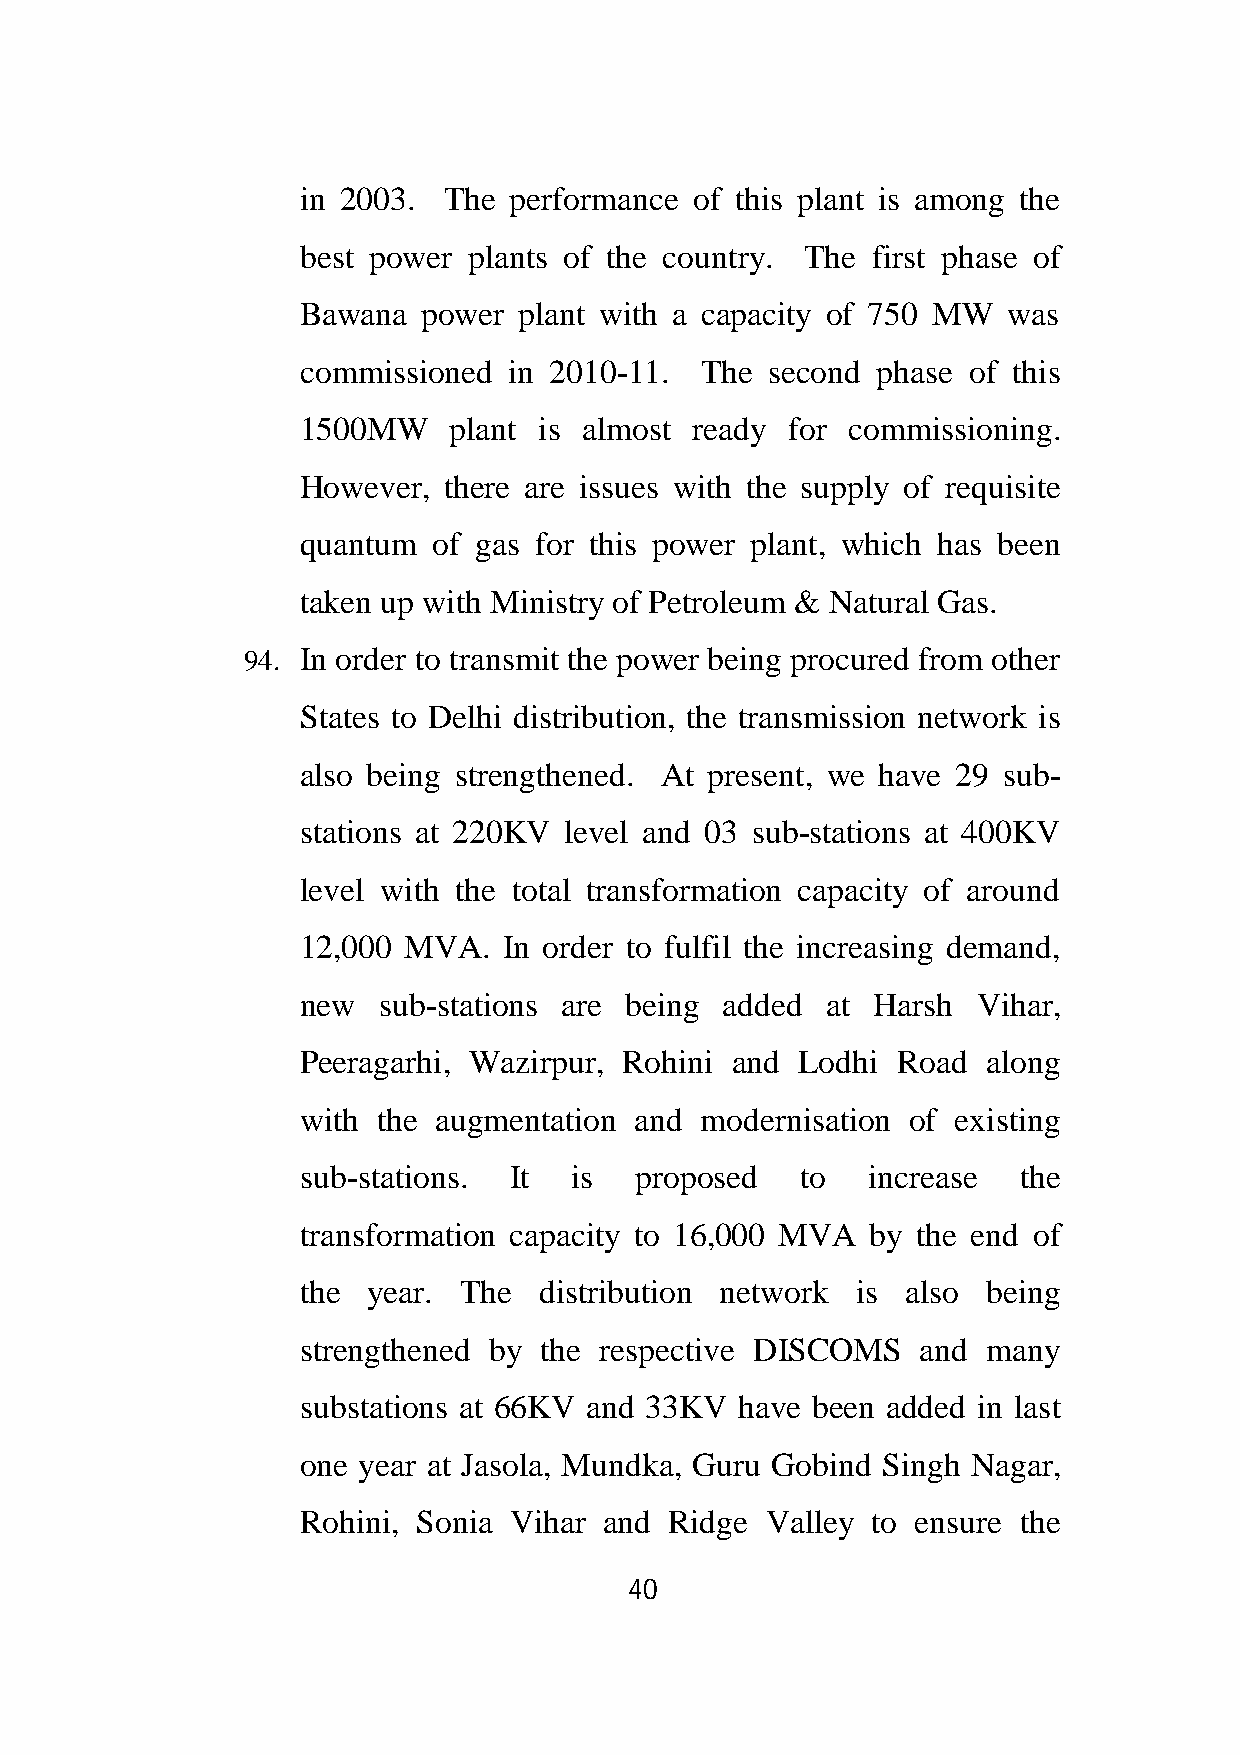
in 2003. The  performance of this plant is among the
 best power plants of the country. The first phase of
 Bawana  power plant with a capacity of 750 MW  was
 commissioned  in 2010-11. The  second phase of this
 1500MW    plant is almost ready for commissioning.
 However, there are issues with the supply of requisite
 quantum  of gas for this power plant, which has been
 taken up with Ministry of Petroleum & Natural Gas.
 94. In order to transmit the power being procured from other
 States to Delhi distribution, the transmission network is
 also being strengthened. At present, we have 29 sub-
 stations at 220KV level and 03 sub-stations at 400KV
 level with the total transformation capacity of around
 12,000 MVA.  In order to fulfil the increasing demand,
 new  sub-stations are being added  at Harsh  Vihar,
 Peeragarhi, Wazirpur, Rohini and Lodhi Road  along
 with the augmentation and modernisation of existing
 sub-stations. It  is  proposed   to  increase  the
 transformation capacity to 16,000 MVA by the end of
 the year. The   distribution network is also being
 strengthened by the respective DISCOMS   and many
 substations at 66KV and 33KV have been added in last
 one year at Jasola, Mundka, Guru Gobind Singh Nagar,
 Rohini, Sonia Vihar and Ridge  Valley to ensure the
 40